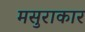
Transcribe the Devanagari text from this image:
मसुराकार